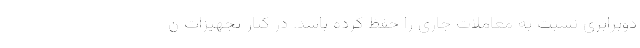
دوبرابری نسبت به معاملات جاری را حفظ کرده باشد. در کنار تجهیزات ن